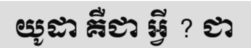
យូដា គឺជា អ្វី ? ជា